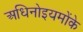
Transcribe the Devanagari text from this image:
अधिनोइयमोंके